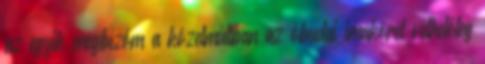
az egyik megbízóm a közelmúltban az óbudai imakörét vélhetőleg